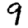
Digit: 9